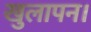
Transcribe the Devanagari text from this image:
खुलापन।